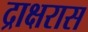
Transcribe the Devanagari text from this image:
द्राक्षरास